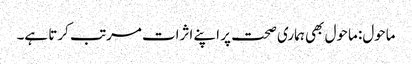
ماحول: ماحول بھی ہماری صحت پر اپنے اثرات مرتب کرتا ہے۔